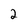
Character: 2